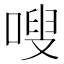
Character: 嗖